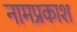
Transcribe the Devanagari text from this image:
नामप्रकाश